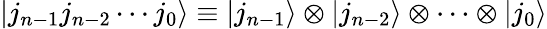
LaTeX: |j_{n-1}j_{n-2}\cdots j_{0}\rangle\equiv|j_{n-1}\rangle\otimes|j_{n-2}\rangle\otimes\cdots\otimes|j_{0}\rangle